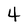
Character: 4